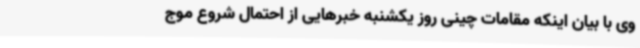
وی با بیان اینکه مقامات چینی روز یکشنبه خبرهایی از احتمال شروع موج